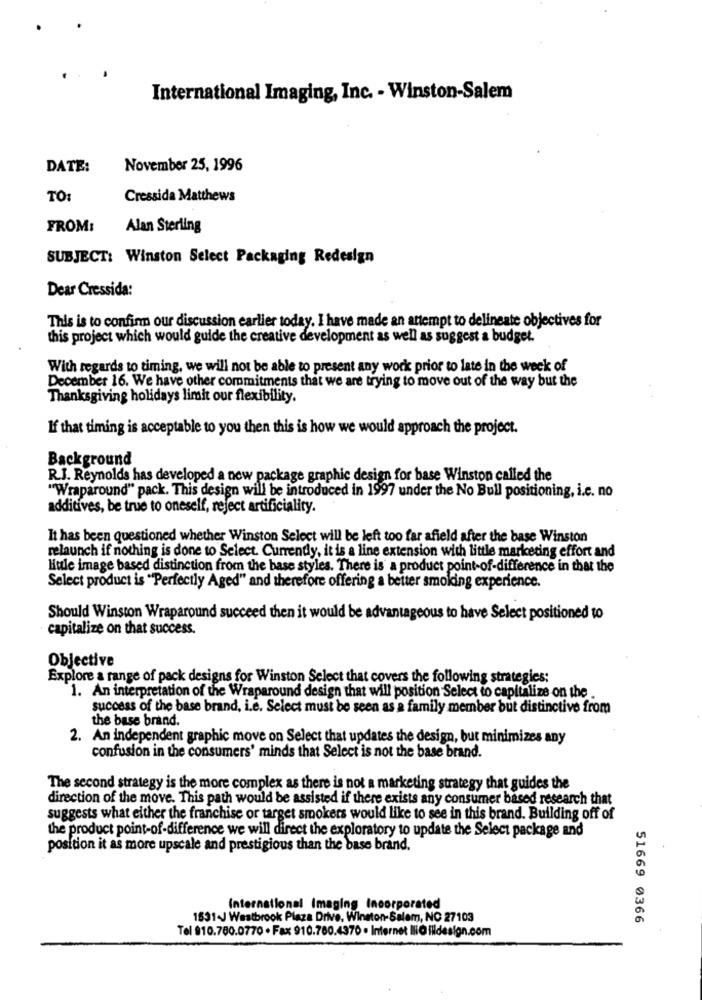
International Imaging, Inc. - Winston-Salem
DATE:
November 25, 1996
TO:
Cressida Matthews
FROM:
Alan Sterling
SUBJECT: Winston Select Packaging Redesign
Dear Cressida:
This is to confirm our discussion earlier today. I have made an attempt to delineate objectives for
this project which would guide the creative development as well as suggest a budget.
With regards to timing, we will not be able to present any work prior to late in the week of
December 16. We have other commitments that we are trying to move out of the way but the
Thanksgiving holidays limit our flexibility.
If that timing is acceptable to you then this is how we would approach the project.
Background
R.J. Reynolds has developed a new package graphic design for base Winston called the
"Wraparound" pack. This design will be introduced in 1997 under the No Bull positioning, i.c. no
additives, be true to oneself, reject artificiality.
It has been questioned whether Winston Select will be left too far afield after the base Winston
relaunch if nothing is done to Select. Currently, it is a line extension with little marketing effort and
Hule image based distinction from the base styles. There is a product point-of-difference in that the
Select product is "Perfectly Aged" and therefore offering a better smoking experience.
Should Winston Wraparound succeed then it would be advantageous to have Select positioned to
capitalize on that success.
Objective
Explore a range of pack designs for Winston Select that covers the following strategies:
1. An interpretation of the Wraparound design that will position Select to capitalize on the
success of the base brand, i.e. Select must be seen as a family member but distinctive from
the base brand.
2. An independent graphic move on Select that updates the design, but minimizes any
confusion in the consumers' minds that Select is not the base brand.
The second strategy is the more complex as there is not a marketing strategy that guides the
direction of the move. This path would be assisted if there exists any consumer based research that
suggests what either the franchise or target smokers would like to see in this brand. Building off of
the product point-of-difference we will direct the exploratory to update the Select package and
position it as more upscale and prestigious than the base brand.
International Imaging Incorporated
1531~J Westbrook Plaza Drive, Winston-Salem, NC 27103
51669 0366
Tel 810.780.0770 . Fax 910.780.4370 . Internet liOfildesign.com